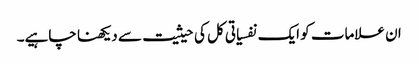
ان علامات کو ایک نفسیاتی کل کی حیثیت سے دیکھنا چاہیے۔